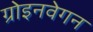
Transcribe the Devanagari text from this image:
ग्रोइनवेगन